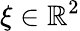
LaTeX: \xi\in\mathbb{R}^{2}